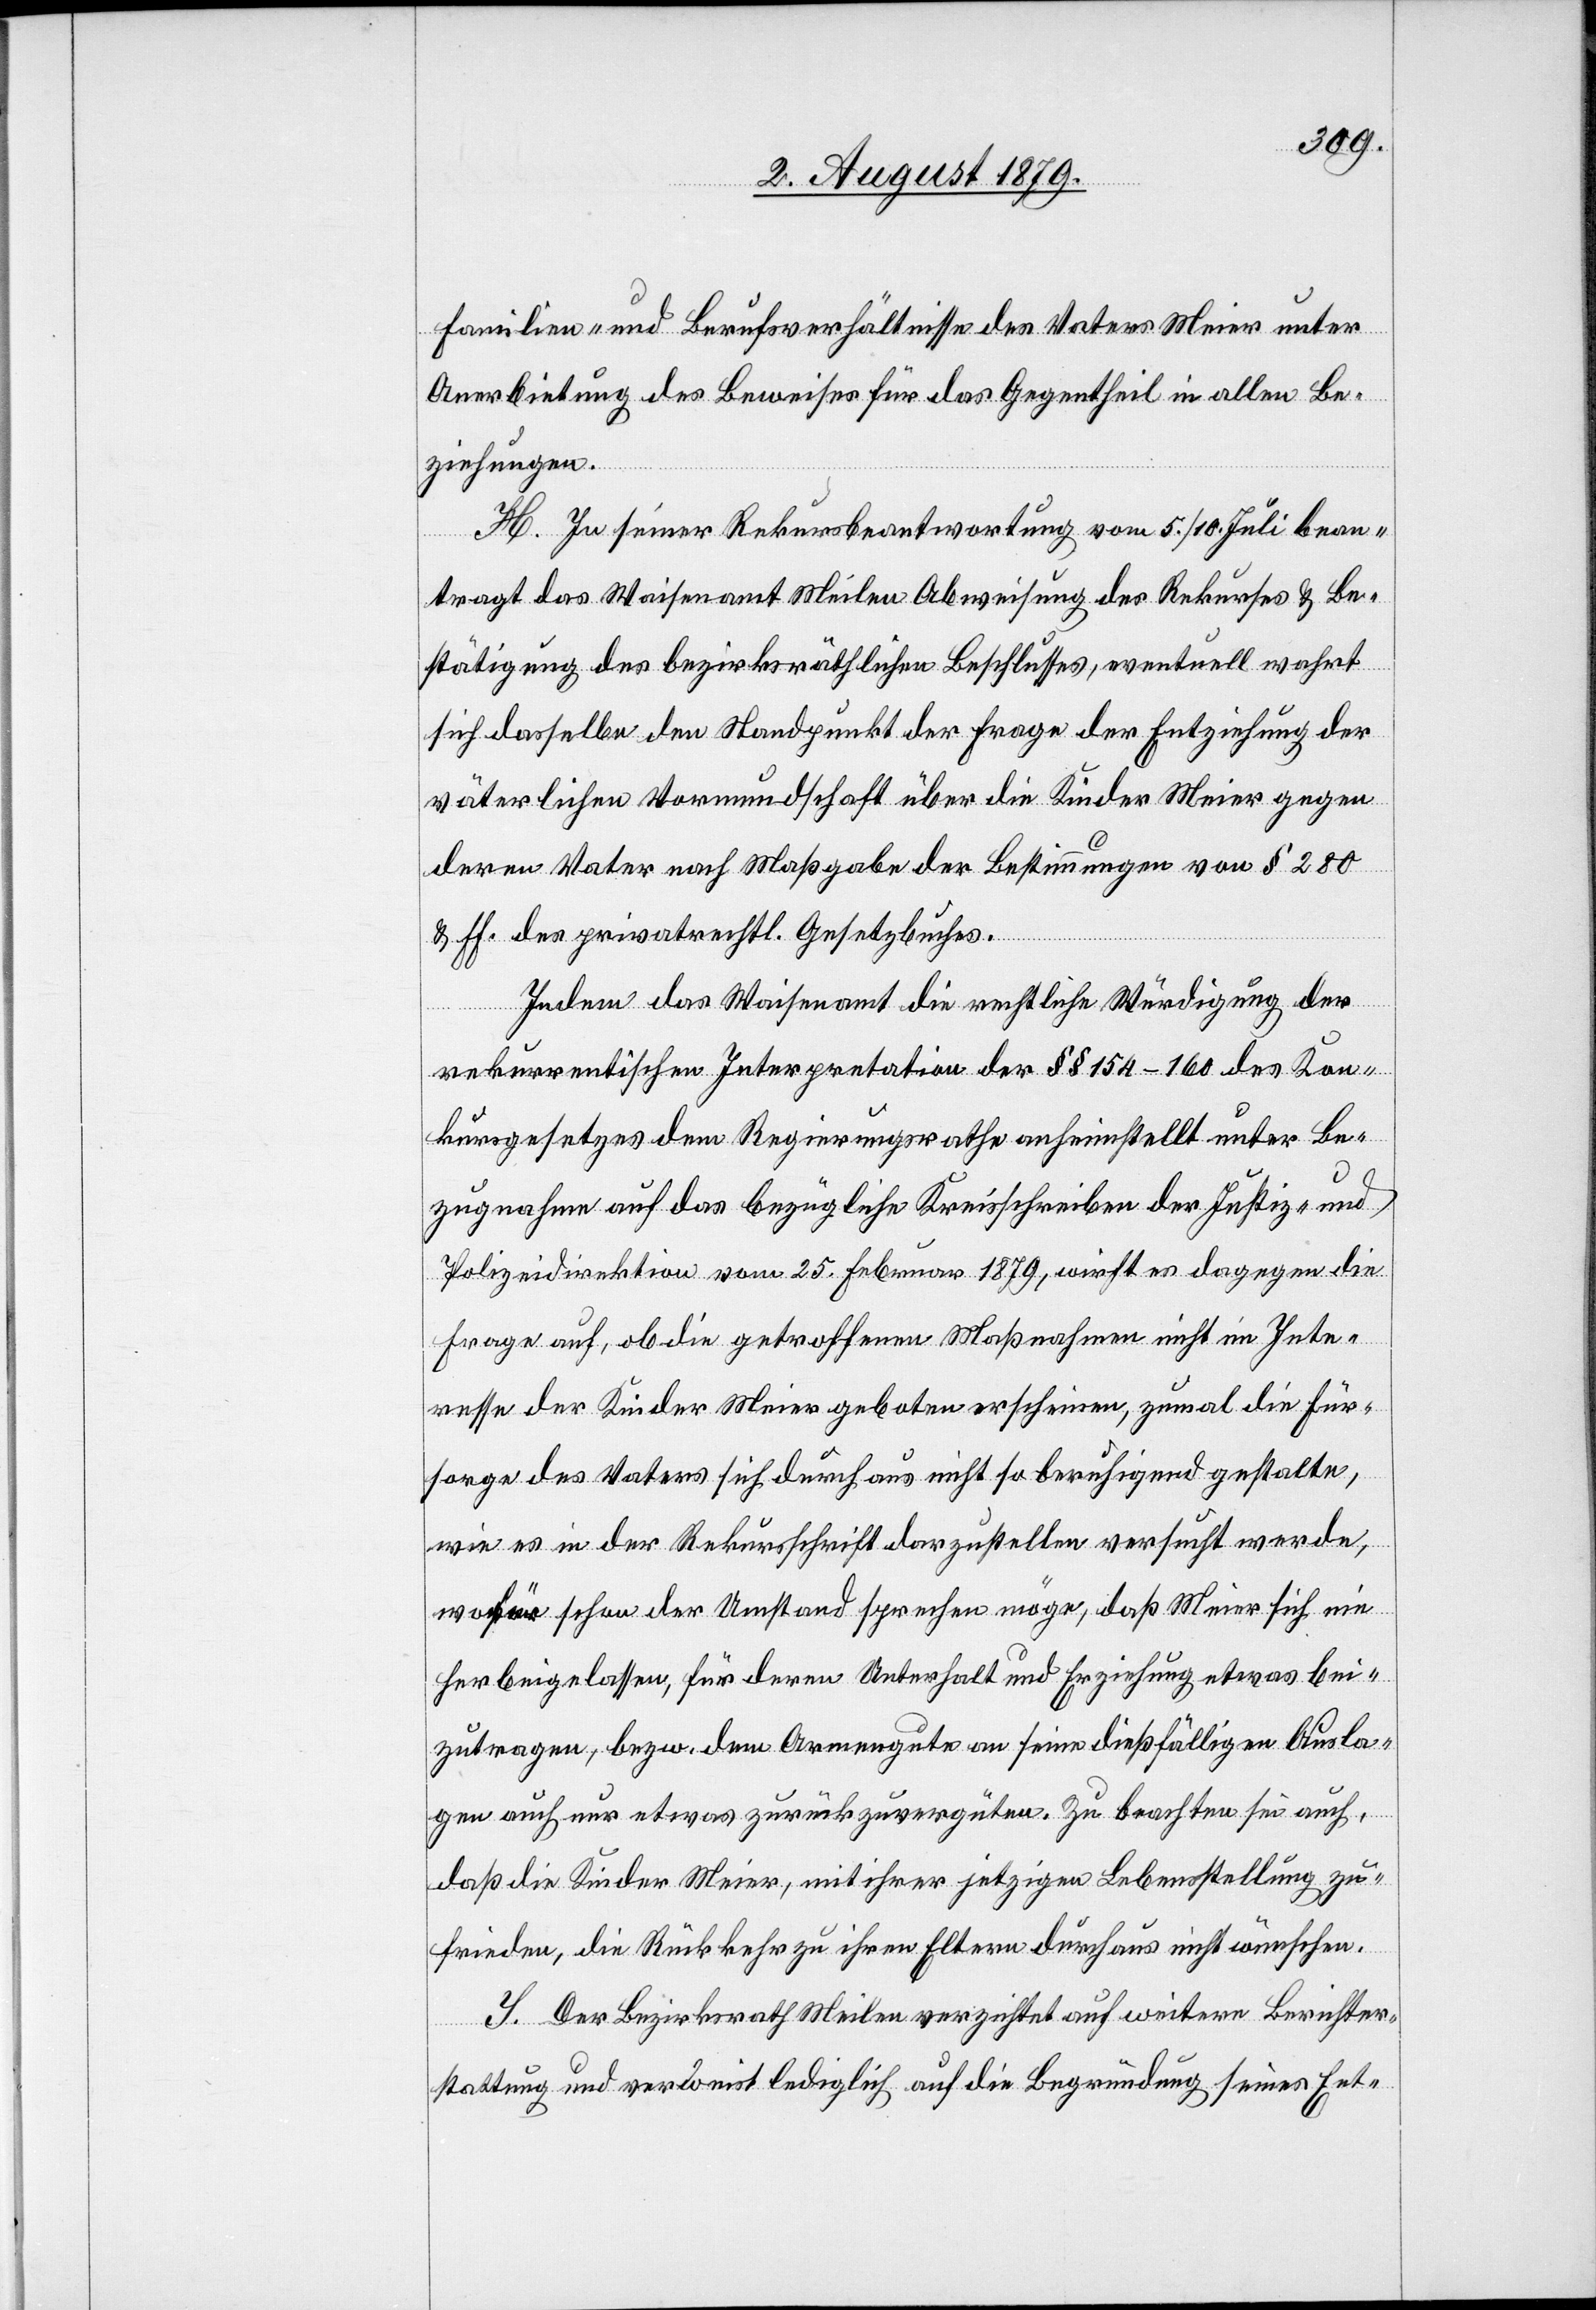
Familien- und Berufsverhältnisse des Vaters Meier unter
Anerbietung des Beweises für das Gegentheil in allen Be¬
ziehungen.
H. In seiner Rekursbeantwortung vom 5./10. Juli bean¬
tragt das Waisenamt Meilen Abweisung des Rekurses & Be¬
stätigung des bezirksräthlichen Beschlusses, eventuell wahrt
sich dasselbe den Standpunkt der Frage der Entziehung der
väterlichen Vormundschaft über die Kinder Meier gegen
deren Vater nach Maßgabe der Bestimmungen von § 280
& ff. des privatrechtl. Gesetzbuches.
Indem das Waisenamt die rechtliche Würdigung der
rekurrentischen Interpretation der §§ 154–160 des Kon¬
kursgesetzes dem Regierungsrathe anheimstellt unter Be¬
zugnahme auf das bezügliche Kreisschreiben der Justiz- und
Polizeidirektion vom 25. Februar 1879, wirft es dagegen die
Frage auf, ob die getroffenen Maßnahmen nicht im Inte¬
resse der Kinder Meier geboten erscheinen, zumal die Für¬
sorge des Vaters sich durchaus nicht so beruhigend gestalte,
wie es in der Rekursschrift darzustellen versucht werde,
wofür schon der Umstand sprechen möge, daß Meier sich nie
herbeigelassen, für deren Unterhalt und Erziehung etwas bei¬
zutragen, bezw. dem Armengute an seine dießfälligen Ausla¬
gen auch nur etwas zurückzuvergüten. Zu beachten sei auch,
daß die Kinder Meier, mit ihrer jetzigen Lebensstellung zu¬
frieden, die Rückkehr zu ihren Eltern durchaus nicht wünsche.
I. Der Bezirksrath Meilen verzichtet auf weitere Berichter¬
stattung und verweist lediglich auf die Begründung seines Ent-